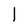
Character: 1